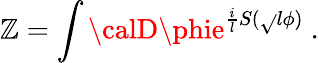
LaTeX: \mathbb{Z}=\int{\calD}\phie^{{\frac{{i}}{{l}}}S(\sqrt{}{{l}}\phi)}~.